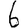
Digit: 6